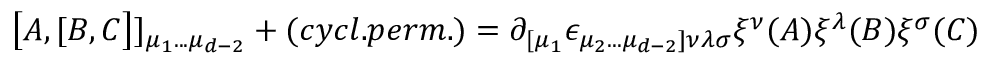
\bigl \lbrack A , \lbrack B , C \bigr \rbrack \rbrack _ { \mu _ { 1 } . . . \mu _ { d - 2 } } + ( c y c l . p e r m . ) = \partial _ { \lbrack \mu _ { 1 } } \epsilon _ { \mu _ { 2 } . . . \mu _ { d - 2 } \rbrack \nu \lambda \sigma } \xi ^ { \nu } ( A ) \xi ^ { \lambda } ( B ) \xi ^ { \sigma } ( C )